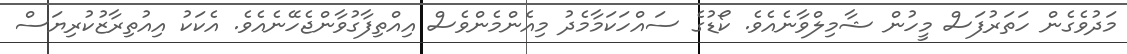
މަދުވެގެން ހަތަރުފަސް މީހުން ޝާމިލްވާނެއެވެ. ކޯޑުގެ ސައްހަކަމާމެދު މިއެންމެންވެސް އިއްތިފާގުވާންޖެހޭނެއެވެ. އެކަކު އިއުތިރާޒުކުރިޔަސް